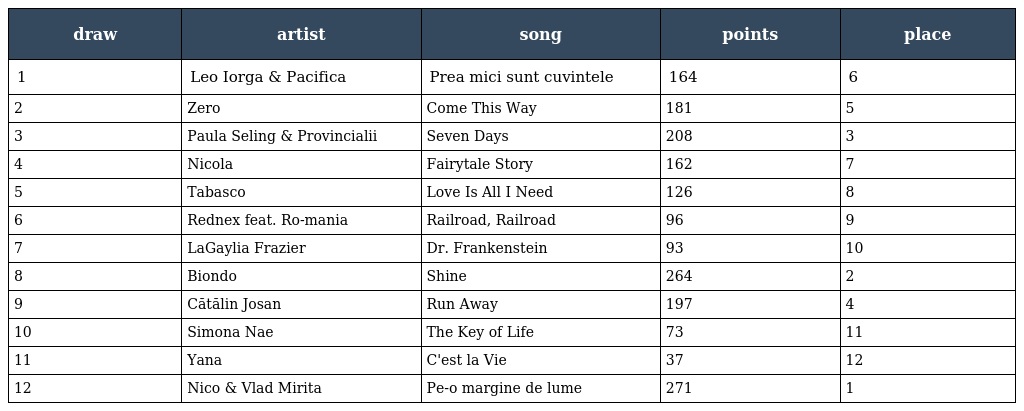
| draw | artist | song | points | place |
 | --- | --- | --- | --- | --- |
 | 1 | Leo Iorga & Pacifica | Prea mici sunt cuvintele | 164 | 6 |
 | 2 | Zero | Come This Way | 181 | 5 |
 | 3 | Paula Seling & Provincialii | Seven Days | 208 | 3 |
 | 4 | Nicola | Fairytale Story | 162 | 7 |
 | 5 | Tabasco | Love Is All I Need | 126 | 8 |
 | 6 | Rednex feat. Ro-mania | Railroad, Railroad | 96 | 9 |
 | 7 | LaGaylia Frazier | Dr. Frankenstein | 93 | 10 |
 | 8 | Biondo | Shine | 264 | 2 |
 | 9 | Cătălin Josan | Run Away | 197 | 4 |
 | 10 | Simona Nae | The Key of Life | 73 | 11 |
 | 11 | Yana | C'est la Vie | 37 | 12 |
 | 12 | Nico & Vlad Mirita | Pe-o margine de lume | 271 | 1 |